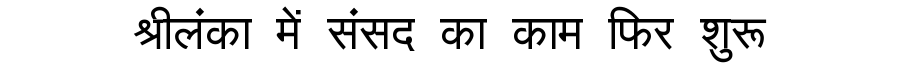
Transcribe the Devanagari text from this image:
श्रीलंका में संसद का काम फिर शुरू